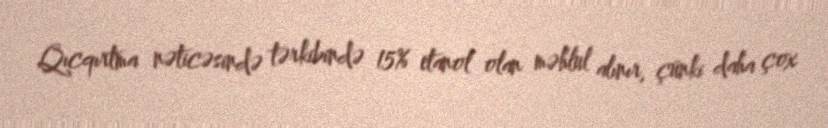
Qıcqırtma nəticəsində tərkibində 15% etanol olan məhlul alınır, çünki daha çox